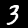
Digit: 3